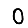
Digit: 0